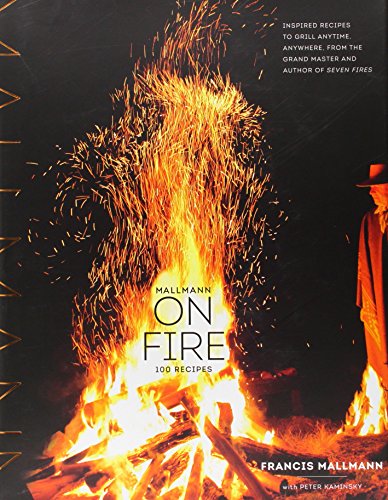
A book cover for Mallmann on Fire: 100 Recipes; Francis Mallmann; Cookbooks, Food & Wine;